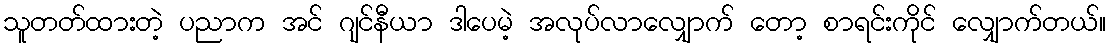
သူတတ်ထားတဲ့ ပညာက အင် ဂျင်နီယာ ဒါပေမဲ့ အလုပ်လာလျှောက် တော့ စာရင်းကိုင် လျှောက်တယ်။